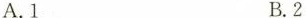
A.1 B.2